Civil Veterinary Dept. Bombay admin report 1923-31 - 1923-1931
Year: 1923
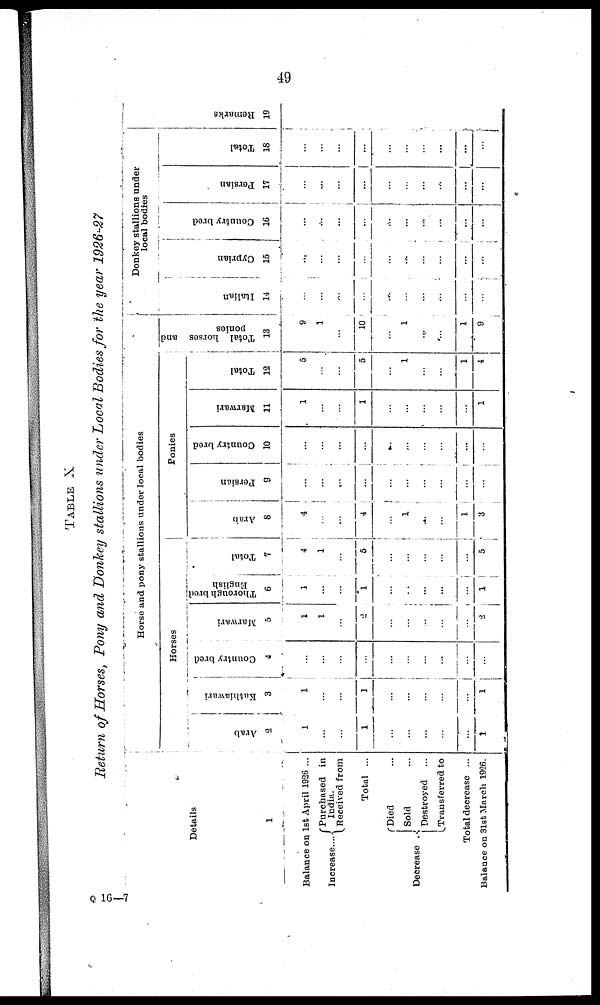
49
TABLE X
Return of Horses, Pony and Donkey stallions under Local Bodies for the year 1926-27
Details
1
Balance on
1st April 1926 ...
Increase....
Purchased in
India. Received from
Total ...
Decrease
Died ...
Sold ...
Destroyed ...
Transferred to
Total decrease ...
Balance on 31st March 1926.
Horse and pony stallions under local bodies
Horses
Arab
2
1
...
...
1
...
...
...
...
...
1
Kathiawari
3
1
...
...
1
...
...
...
...
...
1
Country bred
4
...
...
...
...
...
...
...
...
...
...
Marwari
5
1
1
...
2
...
...
...
...
...
2
Thorough bred
English
6
1
...
...
1
...
...
...
...
...
1
Total
7
4
1
...
5
...
...
...
...
...
5
Ponies
Arab
8
4
...
...
4
...
1
...
...
1
3
Persian
9
...
...
...
...
...
...
...
...
...
...
Country bred
10
...
...
...
...
...
...
...
...
...
...
Marwari
11
1
...
...
1
...
...
...
...
...
1
Total
12
5
...
...
5
...
1
...
...
1
4
Total horses and
ponies
13
9
1
...
10
...
1
...
...
1
9
Donkey stallions under
local bodies
Italian
14
...
...
...
...
...
...
...
...
...
...
Cypr i
a n
15
...
...
...
...
...
...
...
...
...
...
Count r
y br ed
16
...
...
...
...
...
...
...
...
...
...
Per s i
an
17
...
...
...
...
...
...
...
...
...
...
Tot al
18
...
...
...
...
...
...
...
...
...
...
Re ma r
k s
19
Q 16—7